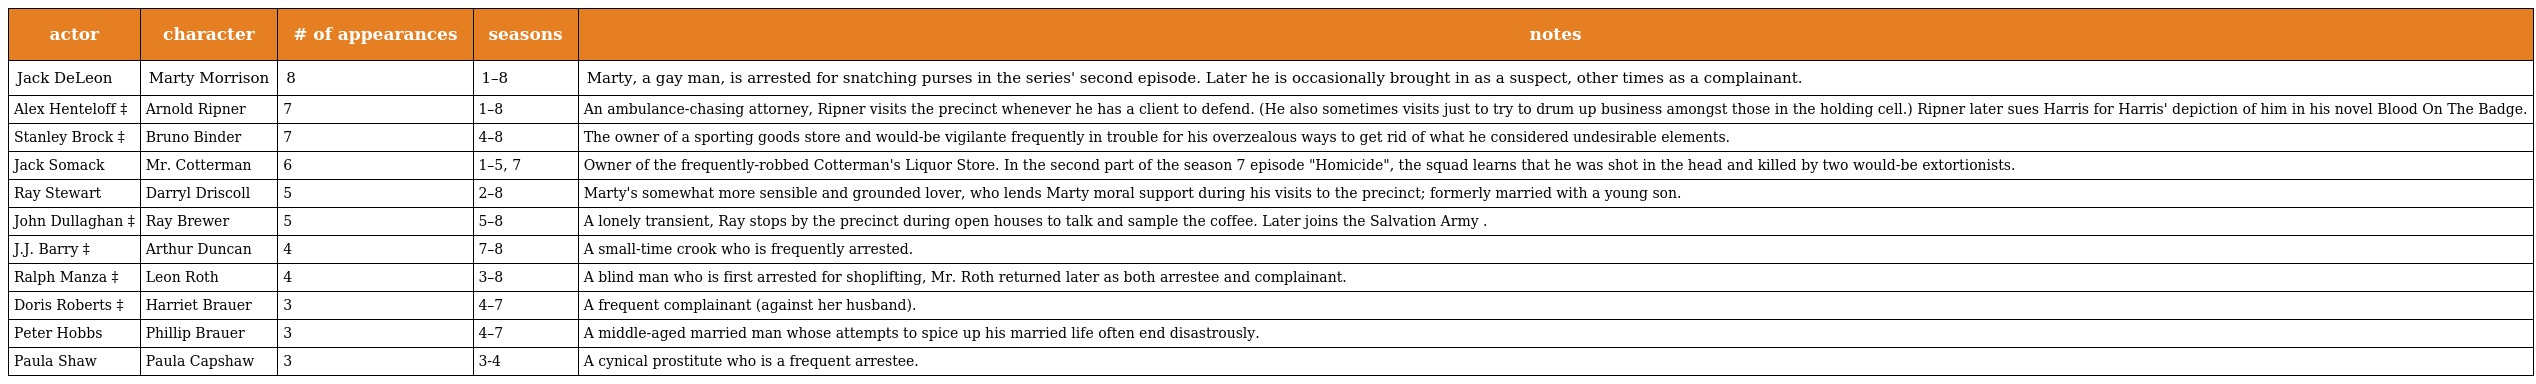
| actor | character | # of appearances | seasons | notes |
 | --- | --- | --- | --- | --- |
 | Jack DeLeon | Marty Morrison | 8 | 1–8 | Marty, a gay man, is arrested for snatching purses in the series' second episode. Later he is occasionally brought in as a suspect, other times as a complainant. |
 | Alex Henteloff ‡ | Arnold Ripner | 7 | 1–8 | An ambulance-chasing attorney, Ripner visits the precinct whenever he has a client to defend. (He also sometimes visits just to try to drum up business amongst those in the holding cell.) Ripner later sues Harris for Harris' depiction of him in his novel Blood On The Badge. |
 | Stanley Brock ‡ | Bruno Binder | 7 | 4–8 | The owner of a sporting goods store and would-be vigilante frequently in trouble for his overzealous ways to get rid of what he considered undesirable elements. |
 | Jack Somack | Mr. Cotterman | 6 | 1–5, 7 | Owner of the frequently-robbed Cotterman's Liquor Store. In the second part of the season 7 episode "Homicide", the squad learns that he was shot in the head and killed by two would-be extortionists. |
 | Ray Stewart | Darryl Driscoll | 5 | 2–8 | Marty's somewhat more sensible and grounded lover, who lends Marty moral support during his visits to the precinct; formerly married with a young son. |
 | John Dullaghan ‡ | Ray Brewer | 5 | 5–8 | A lonely transient, Ray stops by the precinct during open houses to talk and sample the coffee. Later joins the Salvation Army . |
 | J.J. Barry ‡ | Arthur Duncan | 4 | 7–8 | A small-time crook who is frequently arrested. |
 | Ralph Manza ‡ | Leon Roth | 4 | 3–8 | A blind man who is first arrested for shoplifting, Mr. Roth returned later as both arrestee and complainant. |
 | Doris Roberts ‡ | Harriet Brauer | 3 | 4–7 | A frequent complainant (against her husband). |
 | Peter Hobbs | Phillip Brauer | 3 | 4–7 | A middle-aged married man whose attempts to spice up his married life often end disastrously. |
 | Paula Shaw | Paula Capshaw | 3 | 3-4 | A cynical prostitute who is a frequent arrestee. |